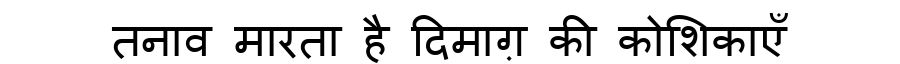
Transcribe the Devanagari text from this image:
तनाव मारता है दिमाग़ की कोशिकाएँ